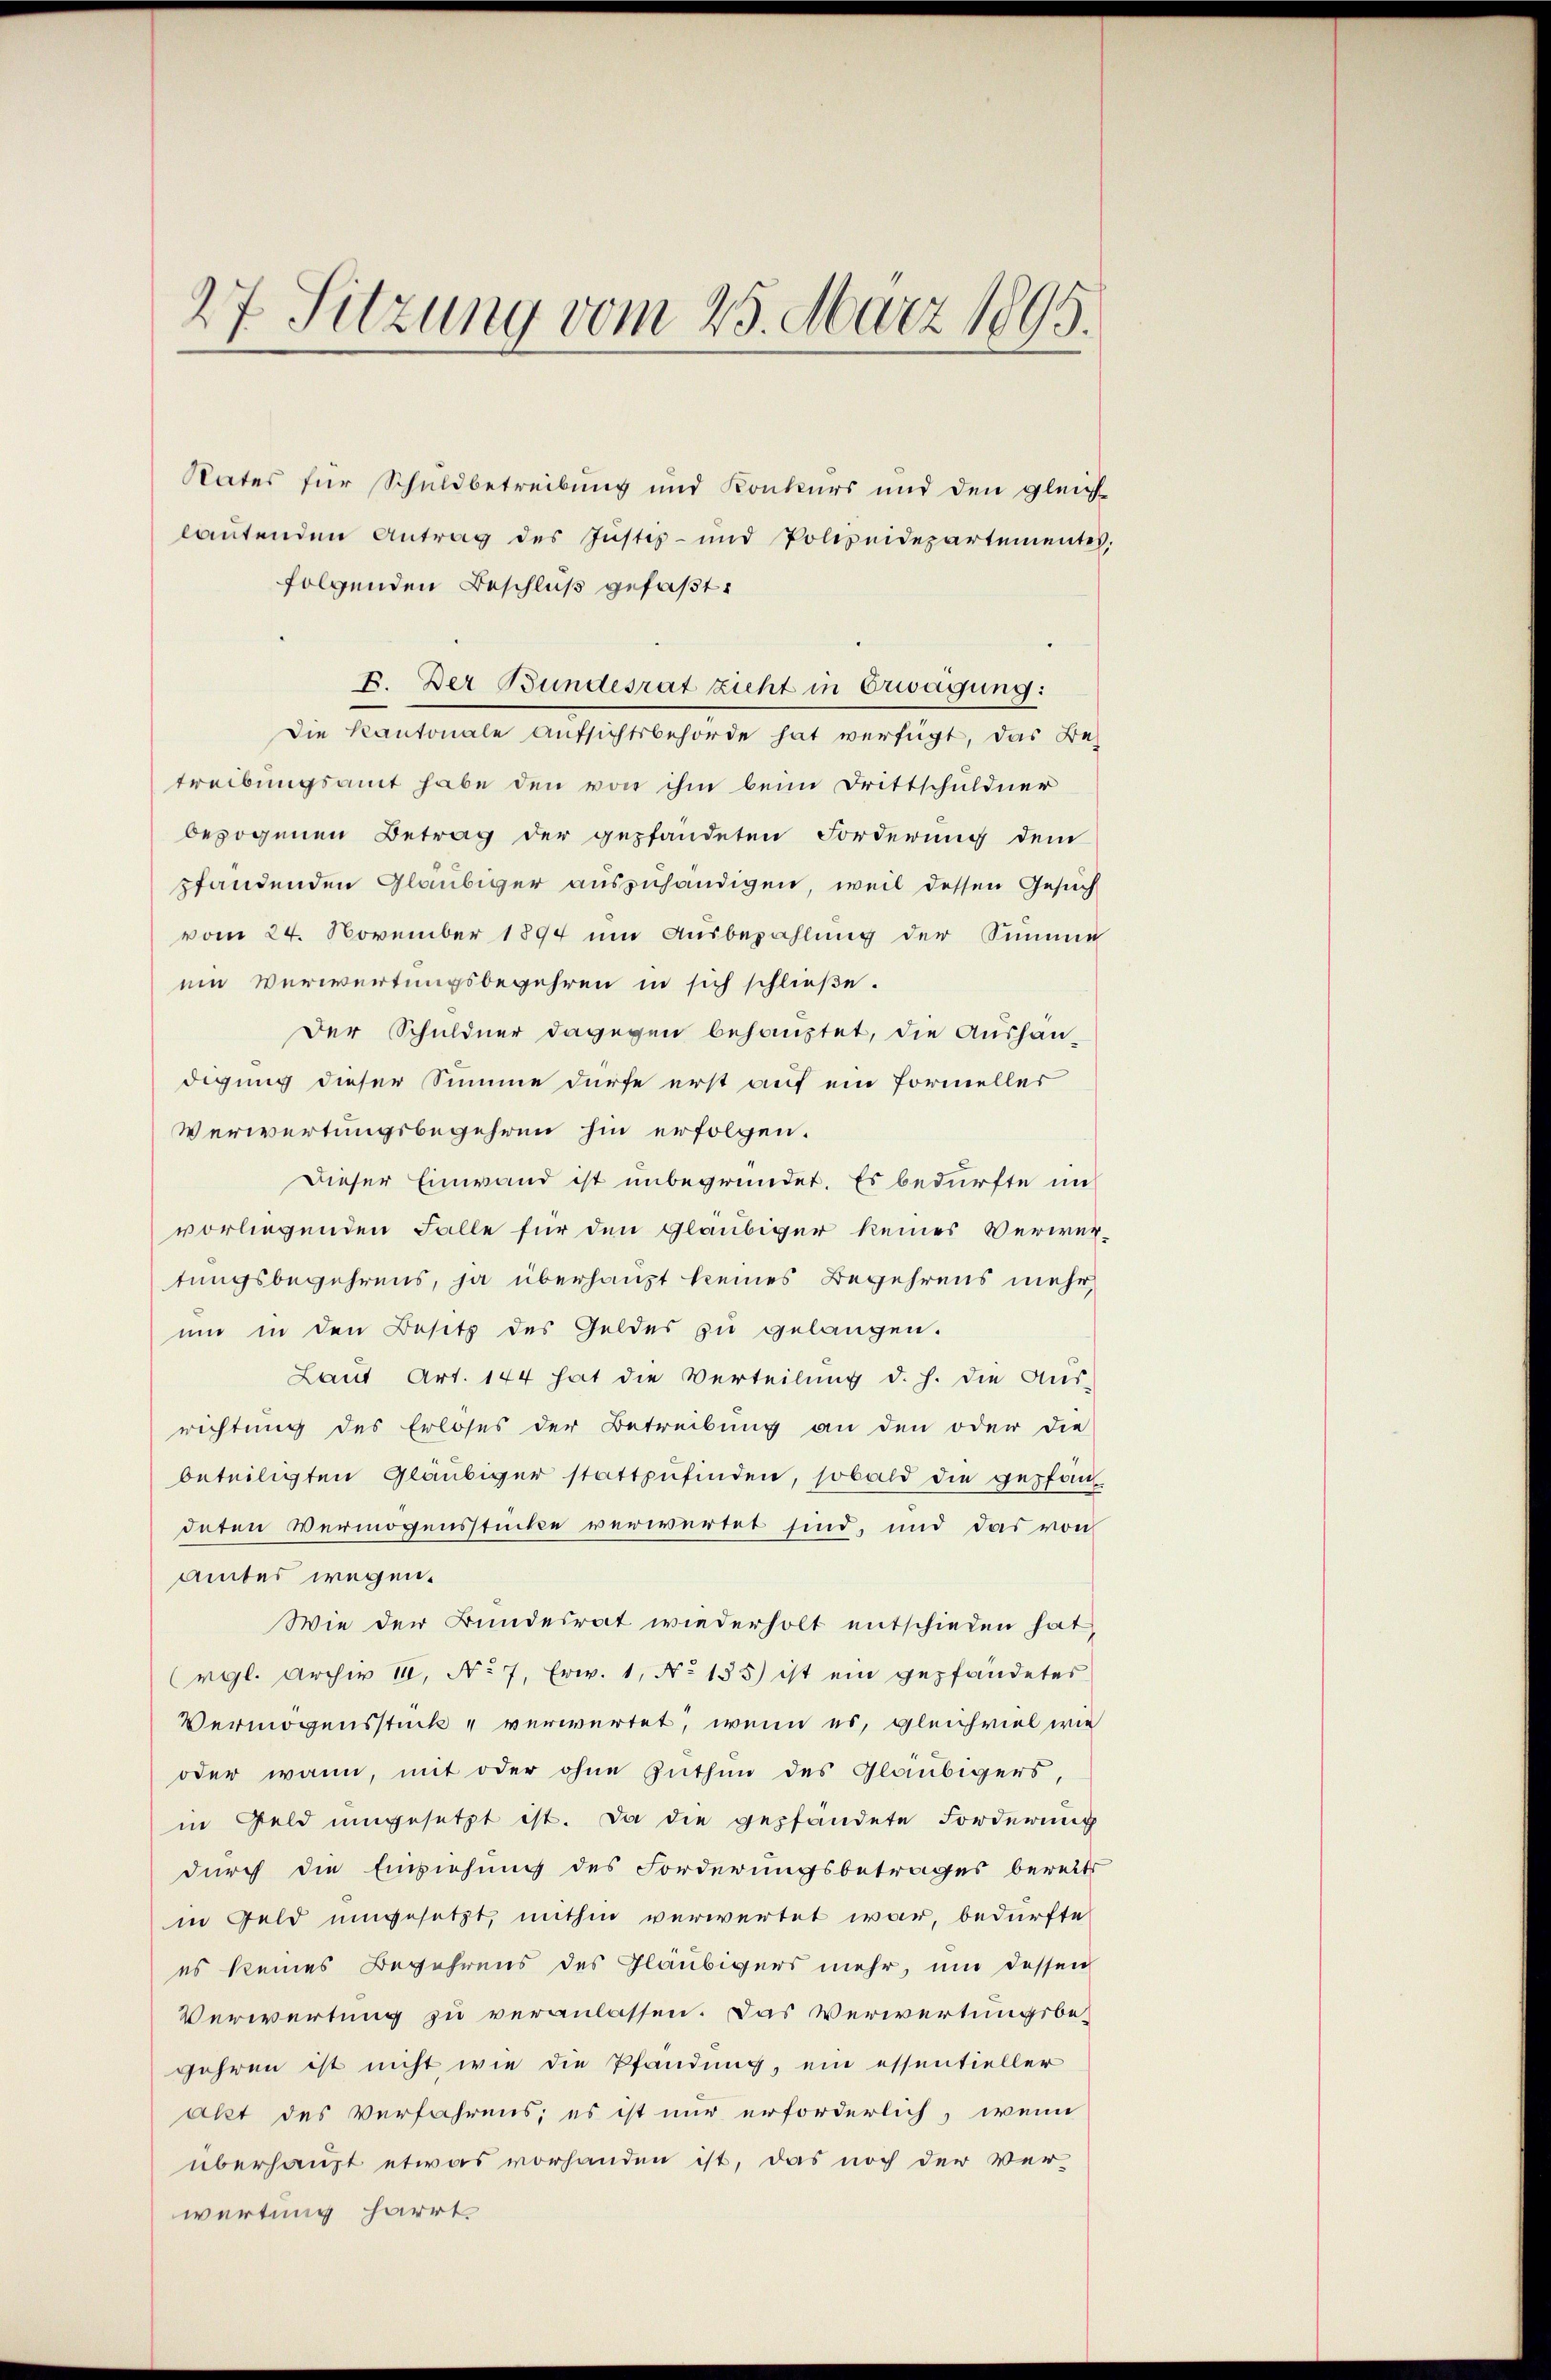
27 Sitzung vom 23. März 1895.

Rates für Schuldbetreibung und Konkurs und den gleich
lautenden Antrag des Justiz- und Polizeidepartementes
folgenden Beschluß gefaßt:
E. Der Bundesrat zieht in Erwägung:
Die Kantonale aufsichtsbehörde hat verfügt, das Be-
treibungsamt habe den von ihm beim Drittschuldner
bezogenen Betrag der gepfändeten Forderung dem
standenden Gläubiger auszuhändigen, weil dessen Gesuch
vom 24. November 1894 im Ausbezahlung der Summe
ein Verwertungsbegehren in sich schließe.
Der Schuldner dagegen behauptet, die Aushaudigung dieser Summe dürfe erst auf ein Formeller
Verwertungsbegehren hin erfolgen.
Dieser Einwand ist unbegründet. Es bedürfte im
vorliegenden Falle für den Gläubiger keines Verwetungsbegehrens, ja überhaupt keines Begehrens mehr,
um in den Besitz des Geldes zu gelangen.
Laut Art. 144 hat die Verteilung d. h. die Aus-
richtung des Erlöses der Betreibung an den oder die
beteiligten Gläubiger stattzŭfinden, sobald die gepfän-
deten Vermögensstücke verwertet sind, und das von
amtes wegen¬
Wie der Bundesrat wiederholt entschieden hat,
rgl. Archiv 18. No. 7. Erw. 1, No 135) ist ein gepfändetes
Vermögensstück verwertet, wenn es, gleichviel wie
oder wann, mit oder ohne Zuthun des Gläubigers,
in Geld umgesetzt ist. Da die gepfändete Forderung
durch die Einziehung des Forderungsbetrages bereits
in Geld umgesetzt, mithin verwertet war, bedürfte
es keines Begehrens des Gläubigers mehr, und dessen
Verwertung zu veranlassen. Das Verwertungsbejahren ist nicht wie die Pfändung, ein essentieller
akt des Verfahrens; es ist nur erforderlich, wenn
überhaupt etwas vorhanden ist, das noch der Ver-
wertung harrt